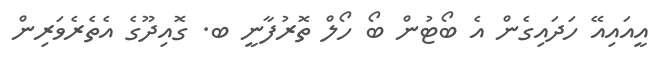
އީއައިއޭ ހަދައިގެން އެ ބޯޓުން ބޯ ހޯލް ތޮރުފާނީ ބ. ގޮއިދޫގެ އެތެރެވަރިން